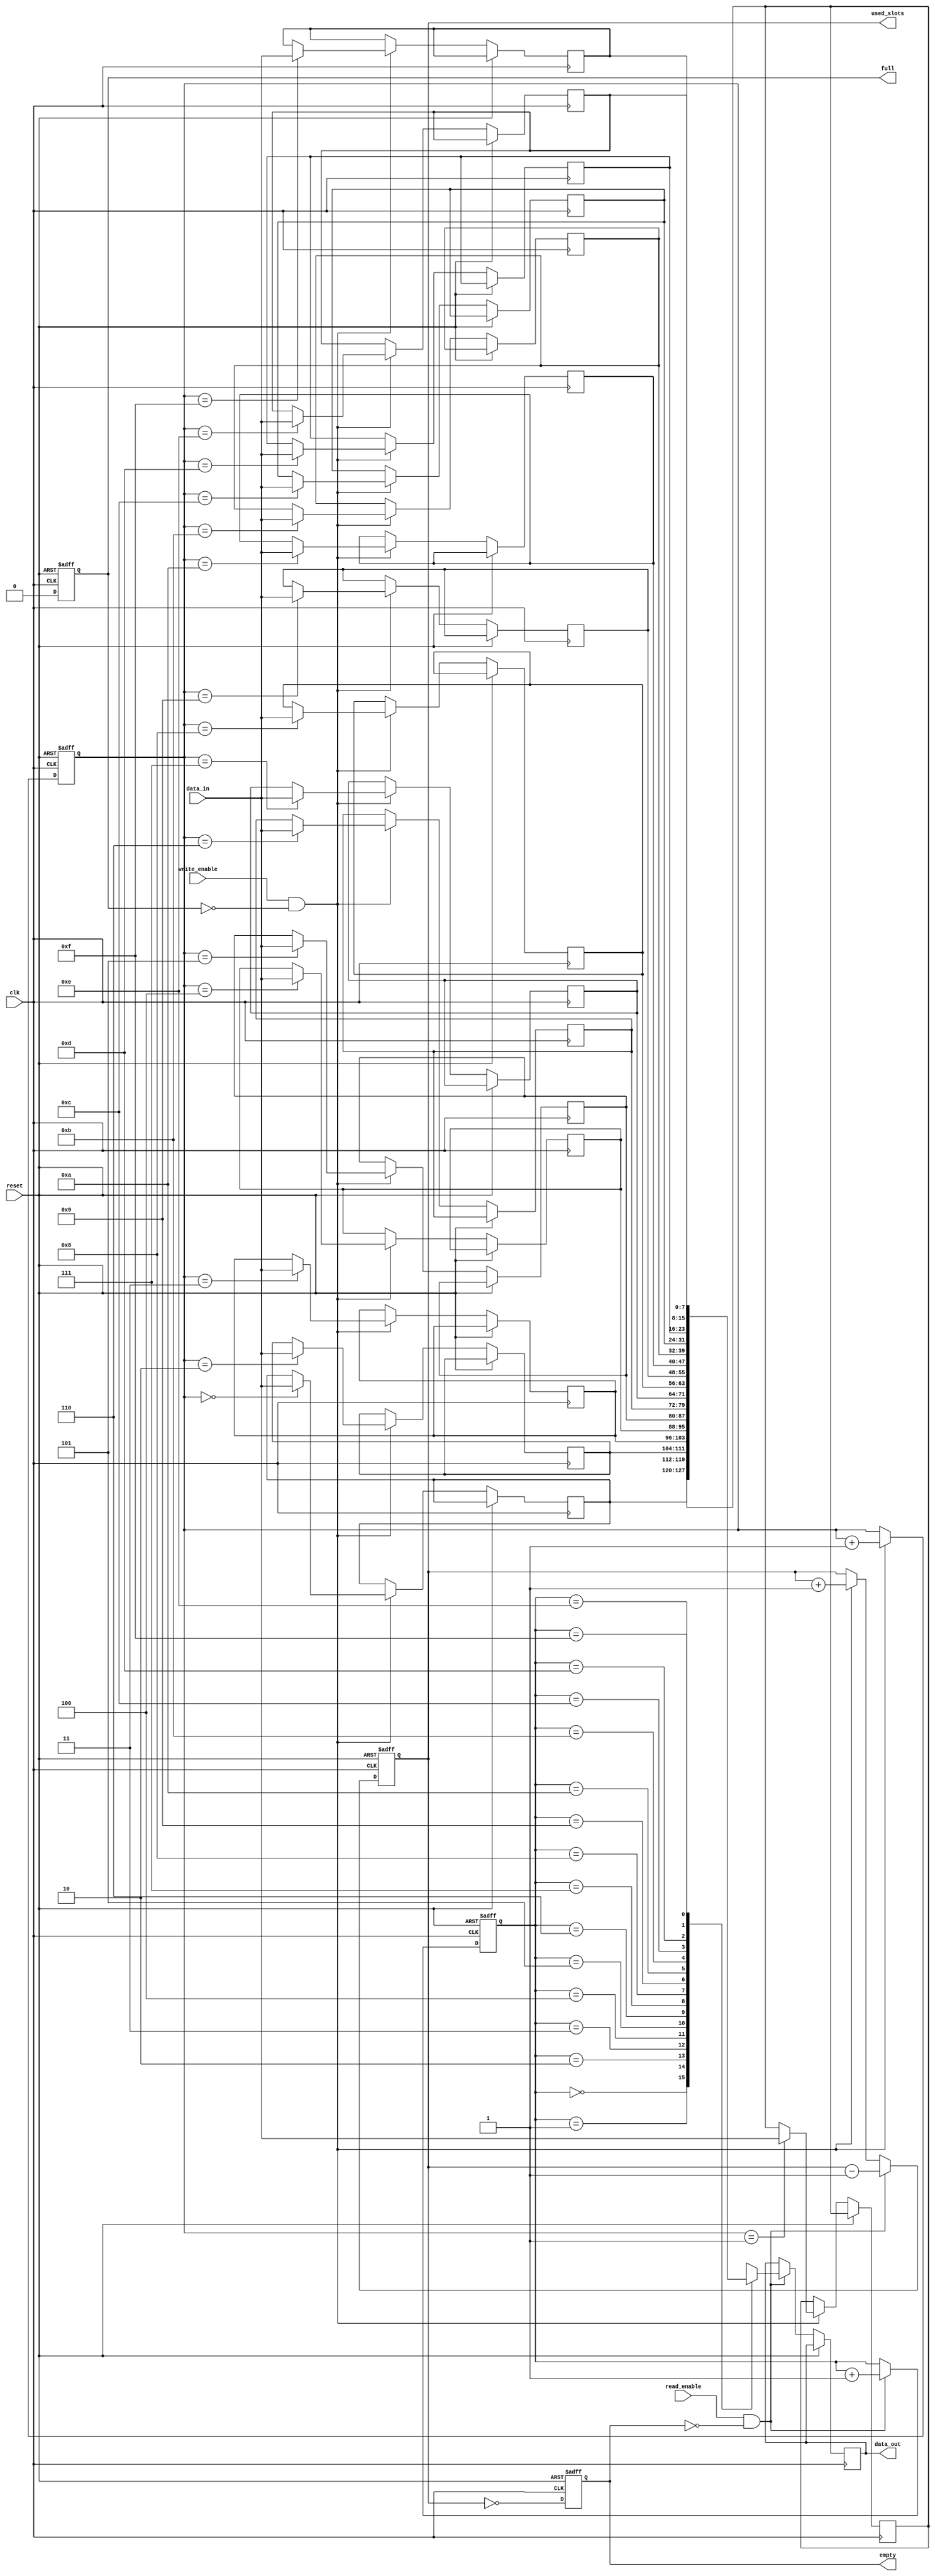
module parameterized_fifo #(
    parameter DATA_WIDTH = 8,      // Width of each data entry in bits
    parameter FIFO_DEPTH = 16       // Depth of the FIFO (must be a power of 2)
)(
    input wire clk,                 // Clock signal
    input wire reset,               // Asynchronous reset signal
    input wire write_enable,        // Write enable control signal
    input wire read_enable,         // Read enable control signal
    input wire [DATA_WIDTH-1:0] data_in, // Input data bus
    output reg [DATA_WIDTH-1:0] data_out, // Output data bus
    output reg full,                // FIFO full signal
    output reg empty,               // FIFO empty signal
    output reg [$clog2(FIFO_DEPTH)-1:0] used_slots // Number of used slots
);

    reg [DATA_WIDTH-1:0] fifo_memory [0:FIFO_DEPTH-1]; // Memory array for FIFO
    reg [$clog2(FIFO_DEPTH)-1:0] write_pointer;       // Write pointer
    reg [$clog2(FIFO_DEPTH)-1:0] read_pointer;        // Read pointer

    always @(posedge clk or posedge reset) begin
        if (reset) begin
            // Initialize FIFO on reset
            write_pointer <= 0;
            read_pointer <= 0;
            used_slots <= 0;
            full <= 0;
            empty <= 1;
        end else begin
            // Write operation
            if (write_enable && !full) begin
                fifo_memory[write_pointer] <= data_in;
                write_pointer <= write_pointer + 1'b1;
                used_slots <= used_slots + 1'b1;
            end
            
            // Read operation
            if (read_enable && !empty) begin
                data_out <= fifo_memory[read_pointer];
                read_pointer <= read_pointer + 1'b1;
                used_slots <= used_slots - 1'b1;
            end
            
            // Update full and empty status signals
            full <= (used_slots == FIFO_DEPTH);
            empty <= (used_slots == 0);
        end
    end

endmodule